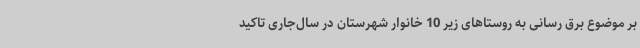
بر موضوع برق رسانی به روستاهای زیر 10 خانوار شهرستان در سال‌جاری تاکید